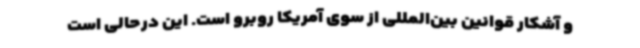
و آشکار قوانین بین‌المللی از سوی آمریکا روبرو است. این درحالی است